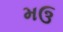
મઉ